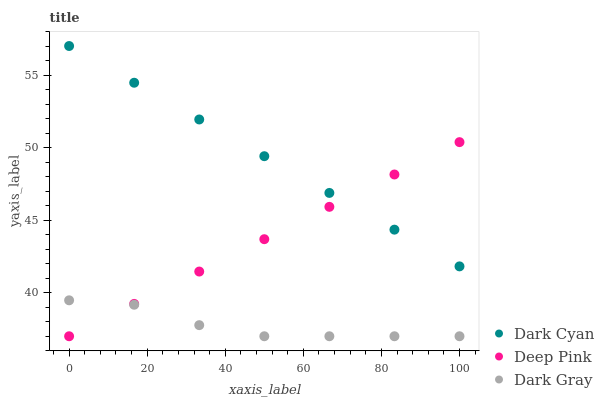
| xaxis_label | Dark Cyan | Deep Pink | Dark Gray |
 | --- | --- | --- | --- |
 | 0 | 57 | 37 | 39.5 |
 | 16.7 | 54.5 | 39.2 | 39.2 |
 | 33.3 | 51.9 | 41.5 | 37.8 |
 | 50 | 49.4 | 43.7 | 37 |
 | 66.7 | 46.9 | 45.9 | 37 |
 | 83.3 | 44.3 | 48.1 | 37 |
 | 100 | 41.8 | 50.4 | 37 |